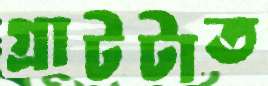
গ্রাটটাত